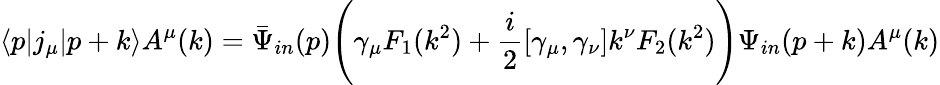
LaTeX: \langle p|j_{\mu}|p+k\rangle A^{\mu}(k)=\bar{\Psi}_{in}(p)\Biggl(\gamma_{\mu}F_{1}(k^{2})+\frac{i}{2}[\gamma_{\mu},\gamma_{\nu}]k^{\nu}F_{2}(k^{2})\Biggr)\Psi_{in}(p+k)A^{\mu}(k)